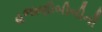
હજાણીબીબીની